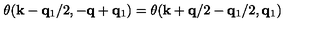
\theta ( { \bf { k } } - { \bf { q } } _ { 1 } / 2 , - { \bf { q } } + { \bf { q } } _ { 1 } ) = \theta ( { \bf { k } } + { \bf { q } } / 2 - { \bf { q } } _ { 1 } / 2 , { \bf { q } } _ { 1 } )